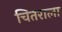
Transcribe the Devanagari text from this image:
चितराला